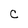
Character: c